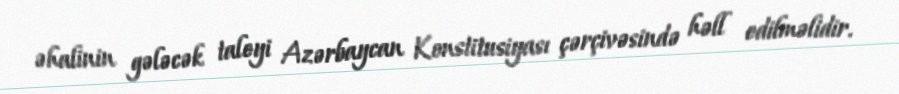
əhalinin gələcək taleyi Azərbaycan Konstitusiyası çərçivəsində həll edilməlidir.